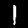
Digit: 1